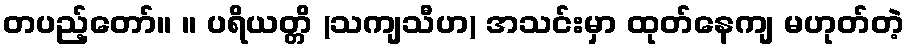
တပည့်တော်။ ။ ပရိယတ္တိ (သကျသီဟ) အသင်းမှာ ထုတ်နေကျ မဟုတ်တဲ့